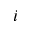
i